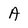
Character: A